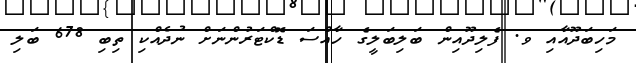
މަހިބަދޫއާއި ވ. ފެލިދޫއިން ބަލިބަލީގެ ހާއްސަ ޑޮކްޓަރުންނަށް ނުދެއްކި ތިބި 678 ބަލި